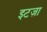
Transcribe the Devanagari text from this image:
इटज़ा